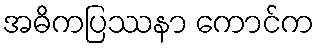
အဓိကပြဿနာ ကောင်က